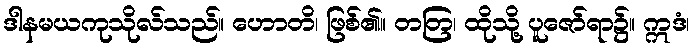
ဒါနမယကုသိုလ်သည်။ ဟောတိ၊ ဖြစ်၏။ တတြ၊ ထိုသို့ ပူဇော်ရာ၌။ ဣဒံ၊